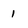
Character: 1